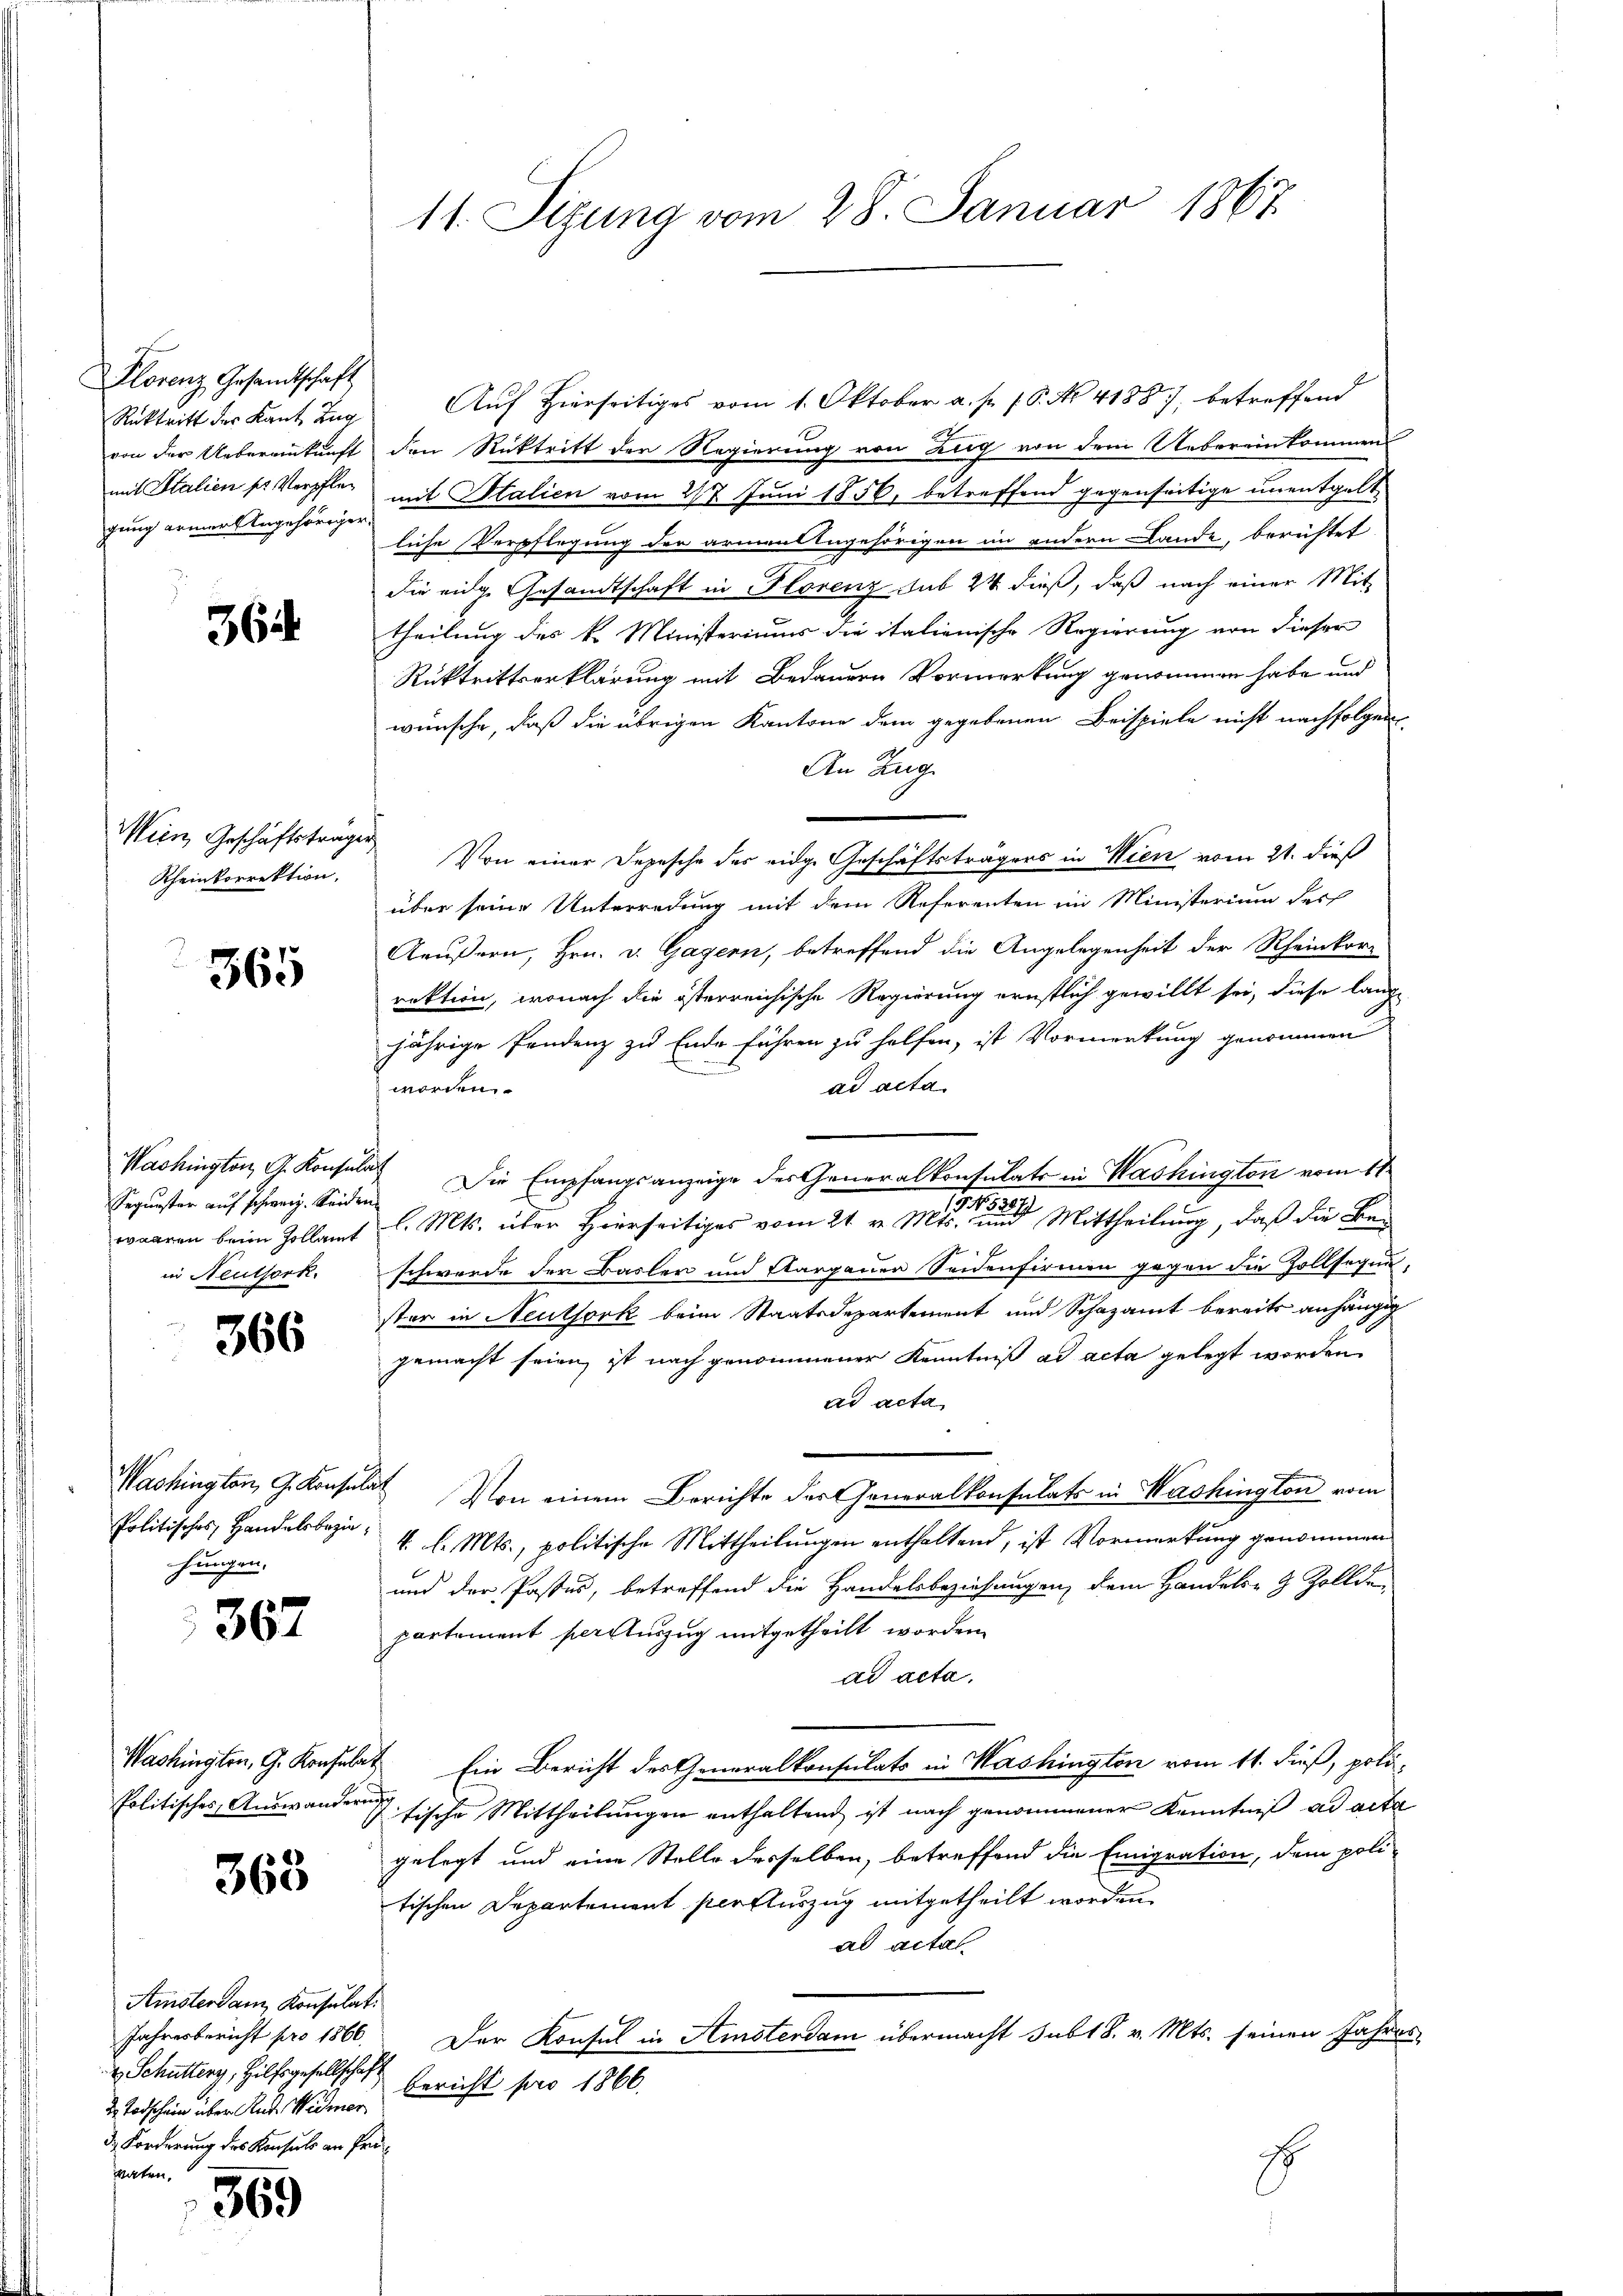
Florenz Gesandtschaft
Rücktritt der Kant. Zug
von der Uebereinkunft
mit Italien sr Verpflegung armer Angehöriger

364

Wein Geschäftstrage
Rheinkorrektion,

365

Washington G. Konsul
Sequester auf schweiz. Seide
waaren beim Zollamt
in Neuthork

366

Washington, G. Konsen
Politisches, Handelsbeziehungen.

367

Washingten, G. Konsula
politisches Auswander

363

Amsterdam Konsulat
Jahresbericht pro 1866.
 Schutterg, Hilfsgesellschaft Gericht pro 1866.
2. Todschein über Rud. Widmer
d. Forderung des Konsuls an Prüvaten,

569

11. Sizung vom 28. Januar 1867

Auf Hierseitiges vom 1. Oktober a. p. 1. P. Nr. 41887, betreffend
den Rücktritt der Regierung von Zug von dem Uebereinkommen
mit Italien vom 217 Juni 1856, betreffend gegenseitige unentgelt
liche Verpflegung der armen angehörigen im andern Lande, berichtet
die eige Gesandtschaft in Plorenz sub 24 dieß, daß nach einer Mit-
theilung des k. Ministeriums die italienische Regierung von dieser
Rücktrittserklärung mit Bedauern Vormerkung genommen habe und
wünsche, daß die übrigen Kantone dem gegebenen Beispiele nicht nachfolgen
An Zug
Von einer Depesche des eidge Geschäftsträgers in Wien vom 21. dieß
über seine Unterredung mit dem Referenten im Ministerium des
Aeußern, Hrn. v. Gagern, betreffend die Angelegenheit der Rheinkor-
rektion, wonach die österreichische Regierung ernstlich gewillt sei, diese lange
jährige Fendenz zu Ende führen zu helfen, ist Vormerkung genommen
ad acta
worden.
Die Empfangsanzeige des Generalkonsulats in Washington vom 11.
l. Mts. über Hierseitiges vom 21. v. Mts. einen Mittheilung, daß die Be¬
 x
schwerde der Basler und Aargauen Seienfirmen gegen die Zollsegen,
ster in Neuthork beim Staatsdepartement und Schazamt bereits anhängig
gemacht seien, ist nach genommener Kenntniß ad acta gelegt worden
ad acta
I Von einem Berichte des Generalkonsulats in Washington vom
4. d. Mts., politische Mittheilungen enthaltend, ist Vormerkung genommen
und der Pastes, betreffend die Handelsbeziehungen, dem Handels- 9 Zollde
partement per Auszug mitgetheilt worden.
ad acta.
 Ein Bericht des Generalkonsulats in Washington vom 11. dieß, poli-
.
2 tische Mittheilungen enthaltend ist nach genommener Kenntniß ad acta
gelegt und eine Stelle desselben, betreffend die Emigration, dem poli-
tischen Departement perfluszug mitgetheilt worden.
ad actal
Der Konsul in Amsterdam übermacht subt 8. v. Mts. seinen Jahres
1